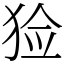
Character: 猃